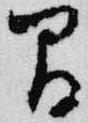
間